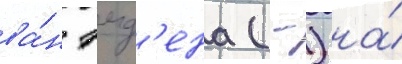
ва́н эмд'ена (-) на́